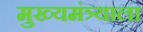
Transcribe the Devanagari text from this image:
मुख्यमंत्र्याला